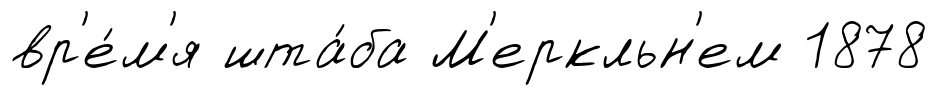
вр'е́м'я шта́ба М'еркльн'ем 1878